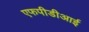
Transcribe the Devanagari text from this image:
एफपीडीआई